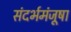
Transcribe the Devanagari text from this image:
संदर्भमंजूषा